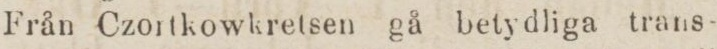
Från Czortkowkretsen gå betydliga trans-